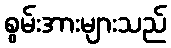
စွမ်းအားများသည်